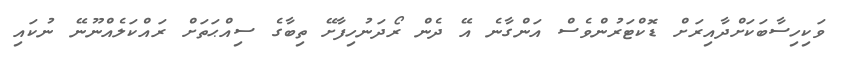
ވަކިހިސާބަކަށްދާއިރަށް ޑޮކްޓަރުންވެސް އަންގާނެ އޭ ދެން ރޯދަނުހިފާށޭ ތިބާގެ ސިއްޙަތަށް ރައްކަލެއްނޫނޭ ނުކައި